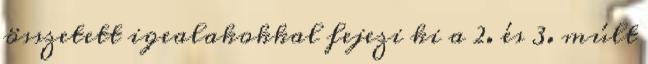
összetett igealakokkal fejezi ki a 2. és 3. múlt